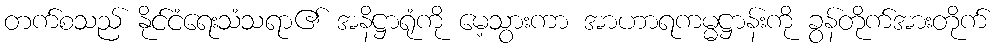
တက်စသည် နိုင်ငံရေးသံသရာ၏ အနိဋ္ဌာရုံကို မေ့သွားကာ အာဟာရကမ္မဋ္ဌာန်းကို ခွန်တိုက်အားတိုက်